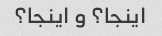
اینجا؟ و اینجا؟